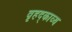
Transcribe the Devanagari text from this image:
वृहद्काव्य